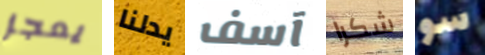
يعجز يدلنا آسف شكرا سو